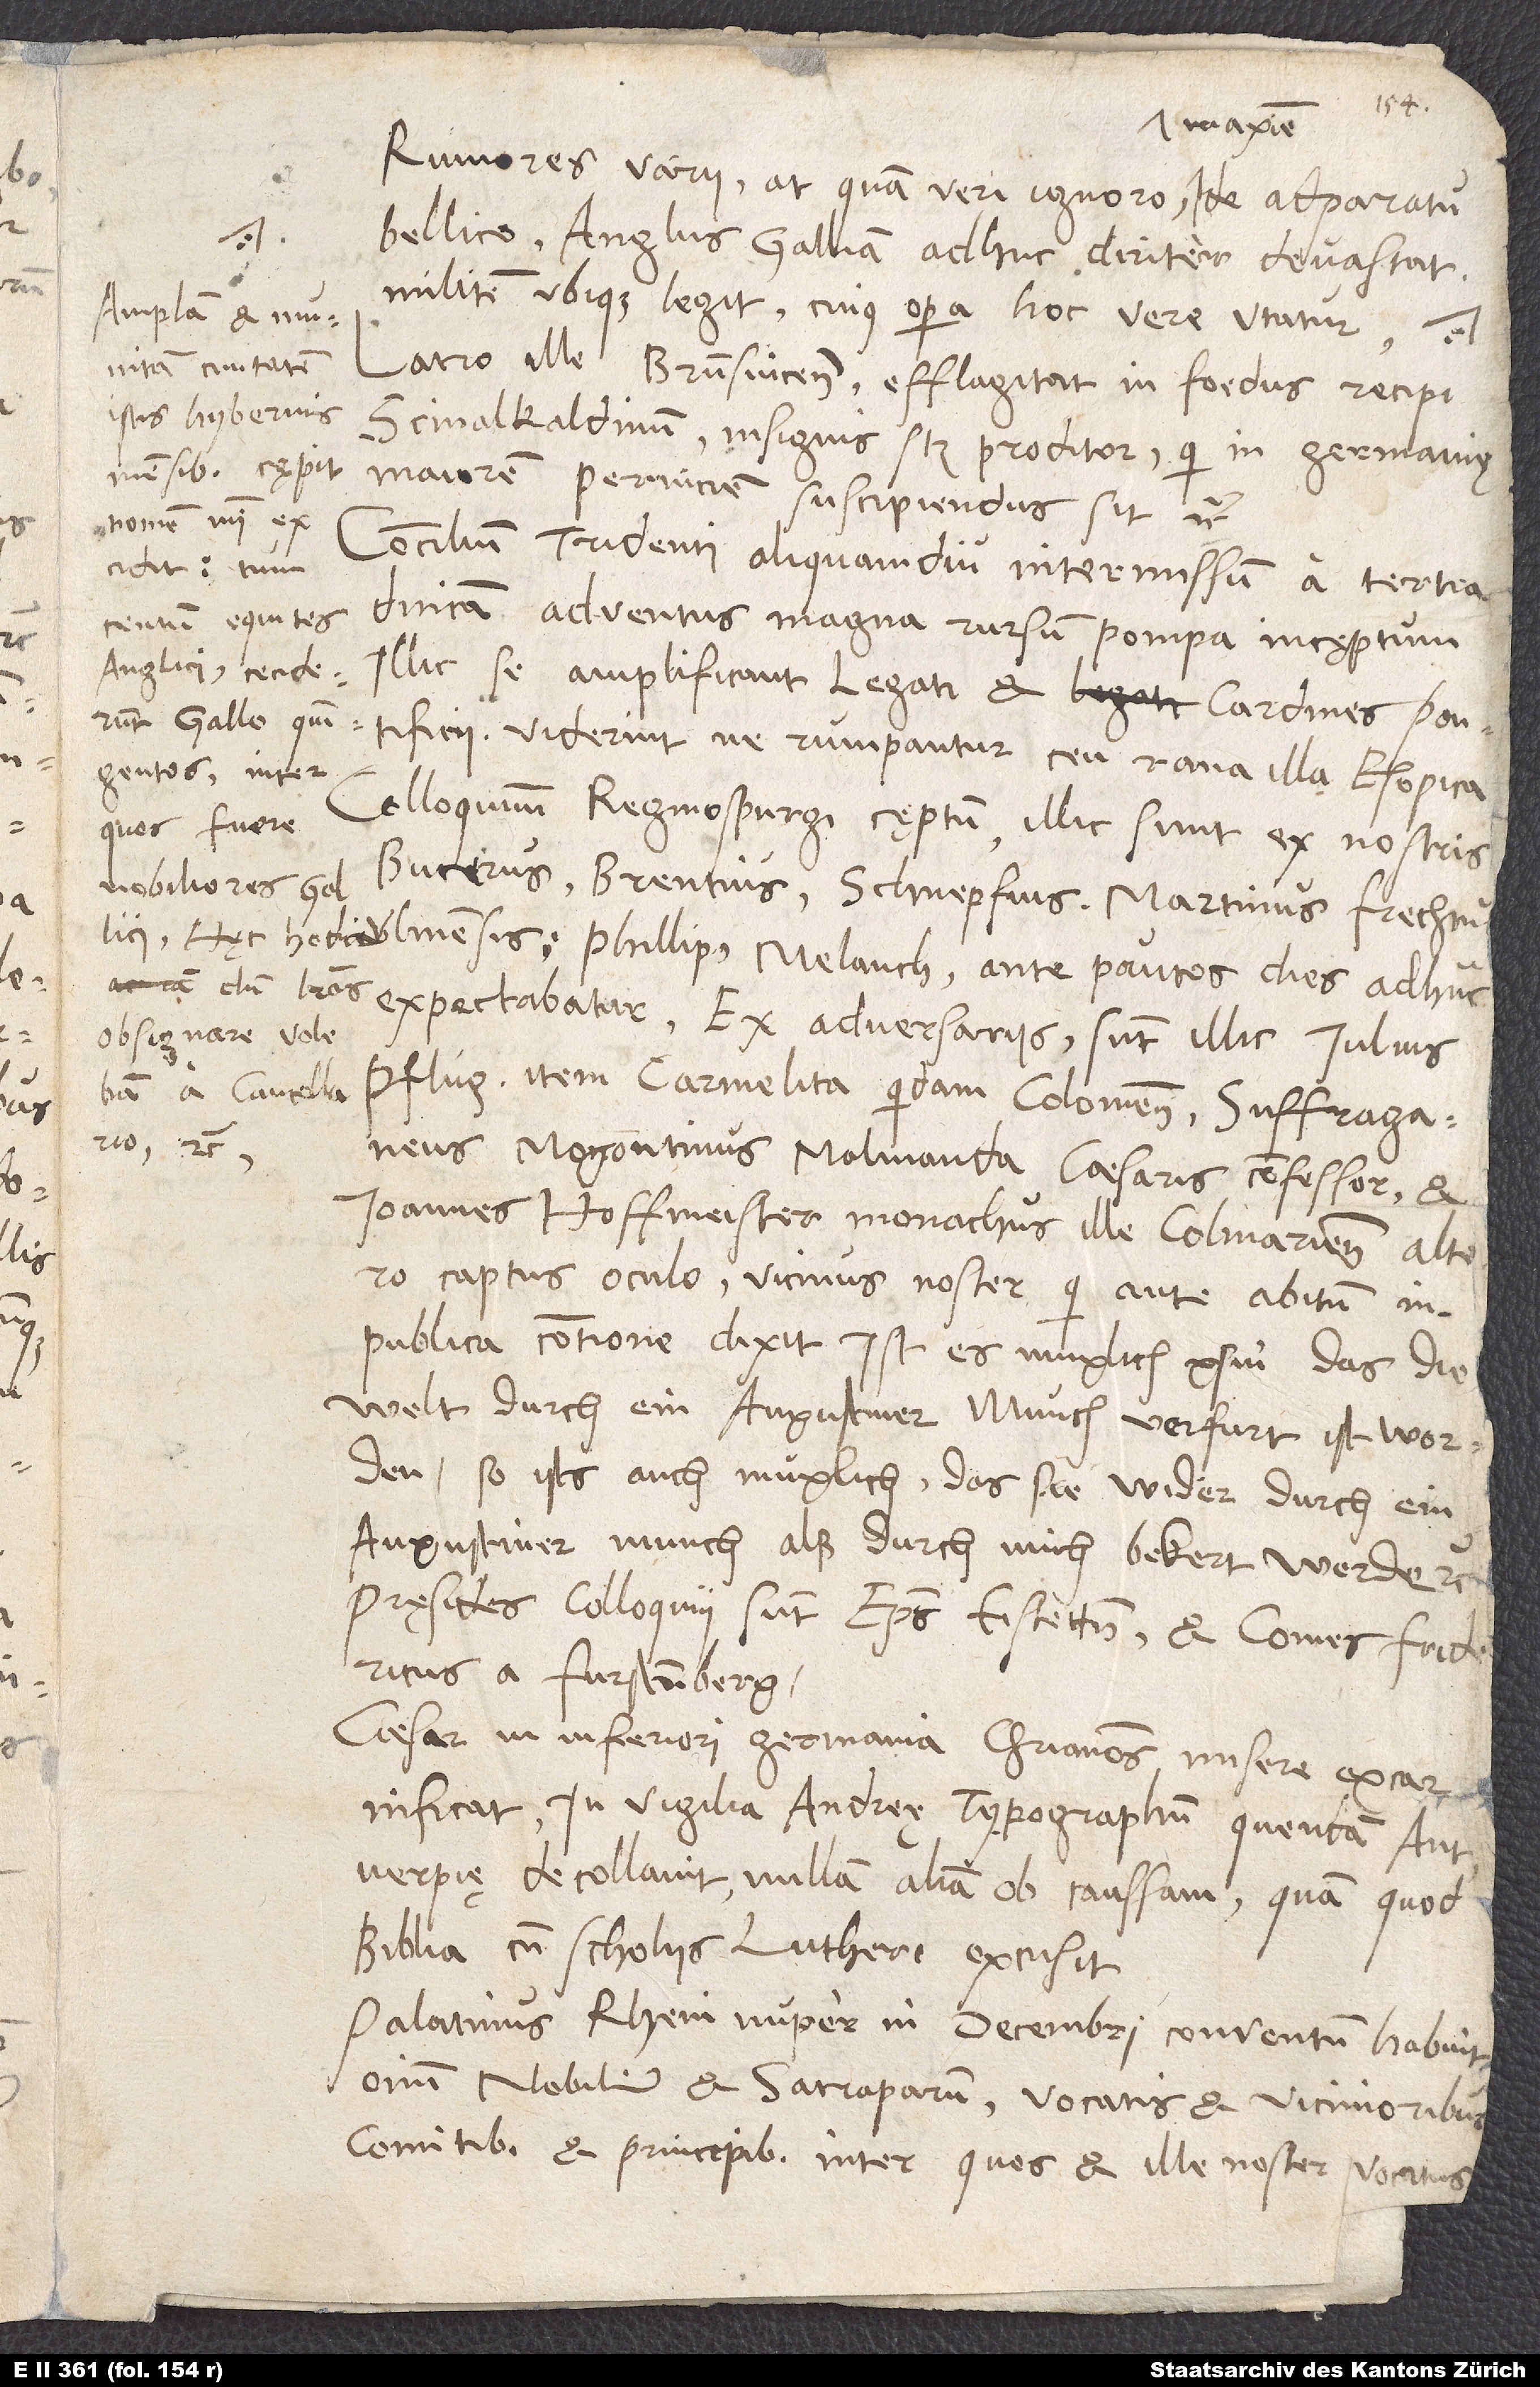
Rumores varii, at quam veri, ignoro, maxime de adparatu
bellico. Anglus Galliam adhuc diriter devastat,
militem ubique legit, cuius opera hoc vere utatur.
Amplam et munitam
civitatem
Latro ille Brunsvicensis efflagitat in foedus recipi
istis hybernis
Scmalkaldinum, insignis scilicet proditor, qui in Germanię
mensibus cępit;
maiorem perniciem suscipiendus sit, etc.
Concilium Tridenti aliquamdiu intermissum a tertia
centum equites
dominica adventus magna rursum pompa incęptum.
cardines pontificii. Viderint, ne rumpantur ceu rana illa Esopica.
Colloquium Reginospurgi cęptum. Illic sunt ex nostris
Bucerus, Brentius, Schnepfius, Martinus Frechtus
expectabatur. Ex adversariis sunt illic Iulius
obsignare volebam,
a cancellario,
Pflug, item Carmelita quidam Coloniensis, suffraganeus
Mogontinus, Malvianda, caesaris confessor, et
Ioannes Hoffmeister, monachus ille Colmariensis altero
captus oculo, vicinus noster, qui ante abitum in
publica contione dixit: „Ist es muglich xsin, das die
welt durch ein Augustiner munch verfurt ist worden,
so ists auch muglich, das sie wider durch ein
Augustiner munch, alß durch mich, bekert werde“, etc.
Pręsides colloquii sunt episcopus Eistettensis et comes Fridericus
a Furstenberg.
Caesar in Inferiori Germania christianos misere excarnificat.
In vigilia Andreę typographum quendam Antverpię
decollavit nullam aliam ob caussam, quam quod
biblia cum scholiis Lutheri excusit.
Palatinus Rheni nuper in decembri conventum habuit
omnium nobilium et satraparum vocatis et vicinioribus
comitibus et principibus, inter quos et ille noster vocatus.